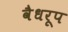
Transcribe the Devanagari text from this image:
वैधरूप